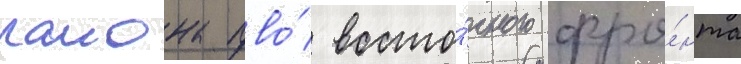
раиона пво́ восто́чного фро́нта